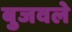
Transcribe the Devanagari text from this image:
बुजवले